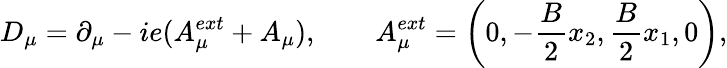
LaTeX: D_{\mu}=\partial_{\mu}-ie(A_{\mu}^{ext}+A_{\mu}),\qquad A_{\mu}^{ext}=\left(0,-\frac{B}{2}x_{2},\frac{B}{2}x_{1},0\right),